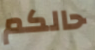
حالكم